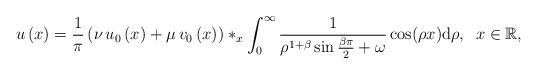
LaTeX: \begin{align*}u\left( x\right) =\frac{1}{\pi }\left( \nu \,u_{0}\left( x\right) +\mu\,v_{0}\left( x\right) \right) \ast _{x}\int_{0}^{\infty }\frac{1}{\rho^{1+\beta }\sin \frac{\beta \pi }{2}+\omega }\cos (\rho x)\mathrm{d}\rho,\;\;x\in\mathbb{R}, \end{align*}